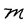
Character: M